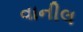
વાનીલ